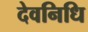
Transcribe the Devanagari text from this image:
देवनिधि